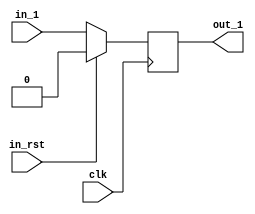
module dflop
	(
		clk,
		in_1,
		in_rst,
		out_1
	);
	input clk;
	input in_1;
	input in_rst;
	output out_1;
	reg out_1;
	// impl
	always @ (posedge clk)
		begin
			if (in_rst)
				out_1 <= 1'b0;
			else
				out_1 <= in_1;
			end
endmodule